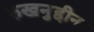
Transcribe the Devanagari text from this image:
रुखनुद्दीन